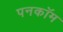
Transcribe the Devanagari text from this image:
पनकॉम